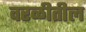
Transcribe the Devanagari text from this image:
वरळीतील